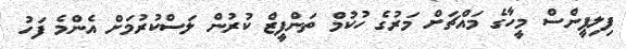
ފިލިޕީންސް މީހާގެ މައްޗަށް މަރުގެ ހުކުމް ތަންފީޒް ކުރުން ލަސްކުރުމަށް އެންމެ ފަހު